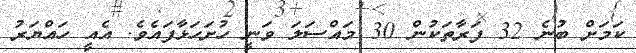
ކަމަށް ބުނެ 32 ފަރާތަކުން 30 މައްސަލަ ވަނީ ހުށަހަޅާފައެވެ. އެއީ ހައްޔަރު